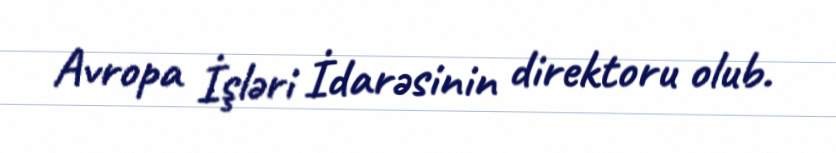
Avropa İşləri İdarəsinin direktoru olub.